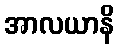
အာလယာနိ